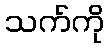
သက်ကို